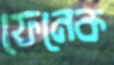
ফেনেক